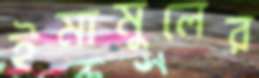
ইমামুলের